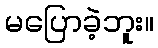
မပြောခဲ့ဘူး။